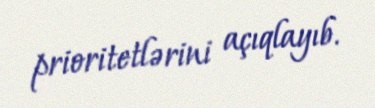
prioritetlərini açıqlayıb.